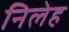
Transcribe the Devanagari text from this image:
निलेह